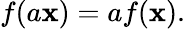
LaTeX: f(a\mathbf{x})=af(\mathbf{x}).